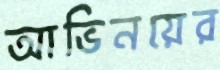
আভিনয়ের